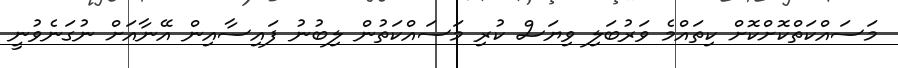
މަސައްކަތްކޮށްކޮށް ކިތައްމެ ވަރުބަލި ވިޔަސް ކުރި މަސައްކަތުން ލިބުނު ފައިސާއިން އޭނާއަށް ނުގަނެވުނީ